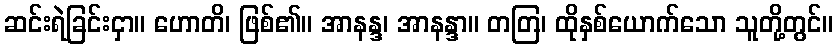
ဆင်းရဲခြင်းငှာ။ ဟောတိ၊ ဖြစ်၏။ အာနန္ဒ၊ အာနန္ဒာ။ တတြ၊ ထိုနှစ်ယောက်သော သူတို့တွင်။